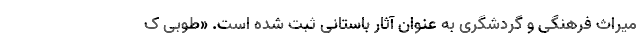
میراث فرهنگی و گردشگری به عنوان آثار باستانی ثبت شده است. «طوبی ک